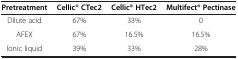
<table><thead><tr><td><b>Pretreatment</b></td><td><b>Cellic® CTec2</b></td><td><b>Cellic® HTec2</b></td><td><b>Multifect® Pectinase</b></td></tr></thead><tbody><tr><td>Dilute acid</td><td>67%</td><td>33%</td><td>0</td></tr><tr><td>AFEX</td><td>67%</td><td>16.5%</td><td>16.5%</td></tr><tr><td>Ionic liquid</td><td>39%</td><td>33%</td><td>28%</td></tr></tbody></table>